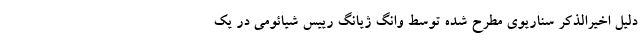
دلیل اخیرالذکر سناریوی مطرح شده توسط وانگ ژیانگ رییس شیائومی در یک